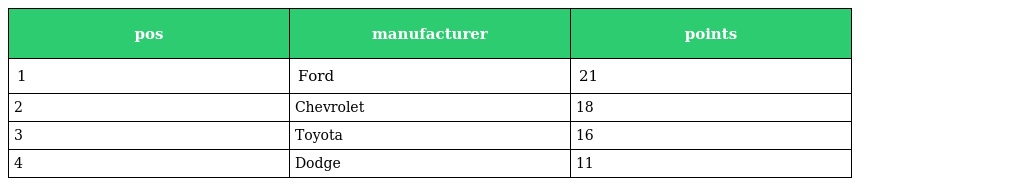
| pos | manufacturer | points |
 | --- | --- | --- |
 | 1 | Ford | 21 |
 | 2 | Chevrolet | 18 |
 | 3 | Toyota | 16 |
 | 4 | Dodge | 11 |